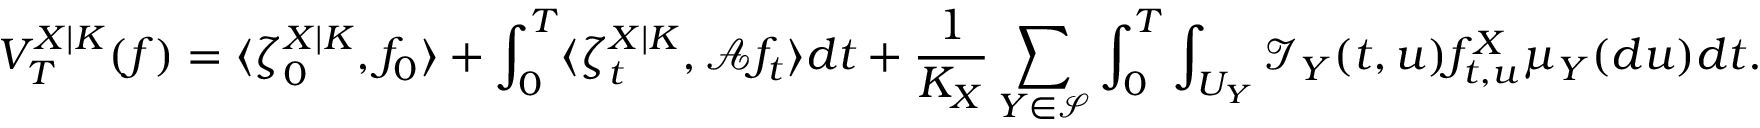
V _ { T } ^ { X | K } ( f ) = \langle \zeta _ { 0 } ^ { X | K } , f _ { 0 } \rangle + \int _ { 0 } ^ { T } \langle \zeta _ { t } ^ { X | K } , \mathcal { A } f _ { t } \rangle d t + \frac { 1 } { K _ { X } } \sum _ { Y \in \mathcal { S } } \int _ { 0 } ^ { T } \int _ { U _ { Y } } \mathcal { I } _ { Y } ( t , u ) f _ { t , u } ^ { X } \mu _ { Y } ( d u ) d t .